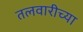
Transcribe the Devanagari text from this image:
तलवारीच्‍या